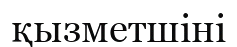
қызметшіні